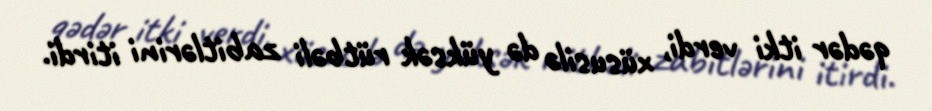
qədər itki verdi, xüsusilə də yüksək rütbəli zabitlərini itirdi.